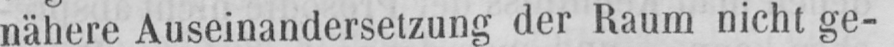
nähere Auseinandersetzung der Raum nicht ge-